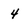
Character: 4